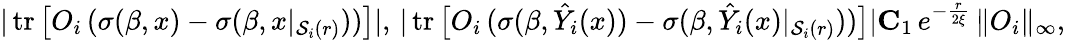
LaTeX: \begin{array}{r}{|\operatorname{tr}\big[O_{i}\, (\sigma(\beta,x)-\sigma(\beta,x|_{\mathcal{S}_{i}(r)}))\big]|,\, |\operatorname{tr}\big[O_{i}\, (\sigma(\beta,\hat{Y}_{i}(x))-\sigma(\beta,\hat{Y}_{i}(x)|_{\mathcal{S}_{i}(r)}))\big]|\le C_{1}\, e^{-\frac{r}{2\xi}}\, \| O_{i}\| _{\infty},}\end{array}